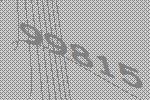
99815